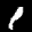
Label: 1